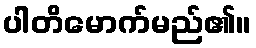
ပါတိမောက်မည်၏။